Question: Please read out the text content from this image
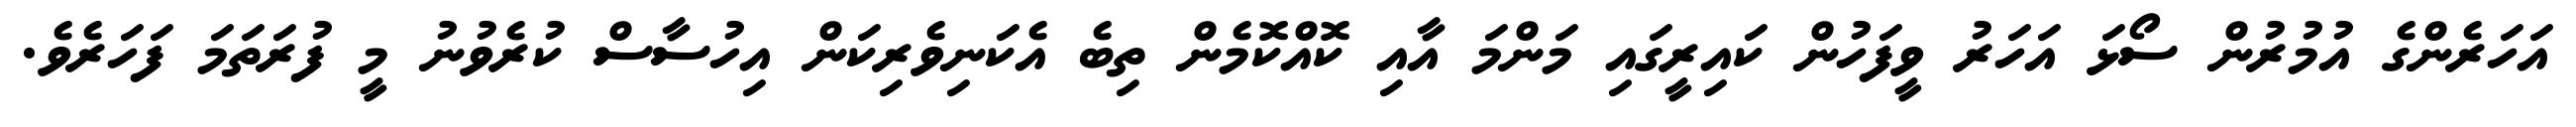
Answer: އަހަރެންގެ އުމުރުން ސޯޅަ އަހަރު ވީފަހުން ކައިރީގައި މަންމަ އާއި ކޮއްކޮމެން ތިބެ އެކަނިވެރިކަން އިހުސާސް ކުރެވުނު މީ ފުރަތަމަ ފަހަރެވެ.